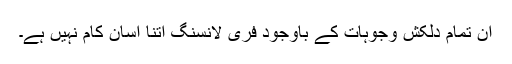
ان تمام دلکش وجوہات کے باوجود فری لانسنگ اتنا آسان کام نہیں ہے۔